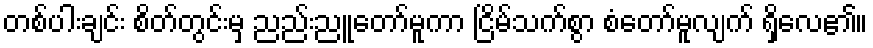
တစ်ပါးချင်း စိတ်တွင်းမှ ညည်းညူတော်မူကာ ငြိမ်သက်စွာ စံတော်မူလျက် ရှိလေ၏။